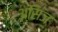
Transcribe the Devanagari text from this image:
असिज